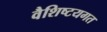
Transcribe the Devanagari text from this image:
वैशिष्टयगत